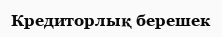
Кредиторлық берешек